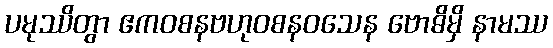
ပမုဿိတွာ ဧကဝစနဗဟုဝစနဝသေန ဗောဓိမှိ နာမဿ